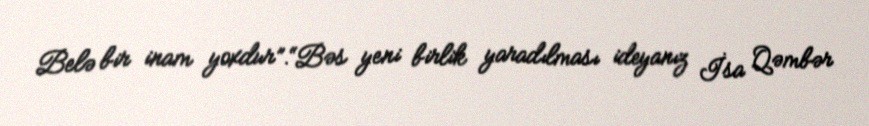
Belə bir inam yoxdur”.“Bəs yeni birlik yaradılması ideyanız İsa Qəmbər